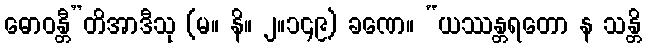
ဓောဝန္တီ”တိအာဒီသု (မ။ နိ။ ၂။၁၄၉) ခဏေ။ “ယဿန္တရတော န သန္တိ